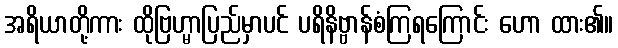
အရိယာတို့ကား ထိုဗြဟ္မာပြည်မှာပင် ပရိနိဗ္ဗာန်စံကြရကြောင်း ဟော ထား၏။